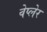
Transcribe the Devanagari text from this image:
वेप्लेर